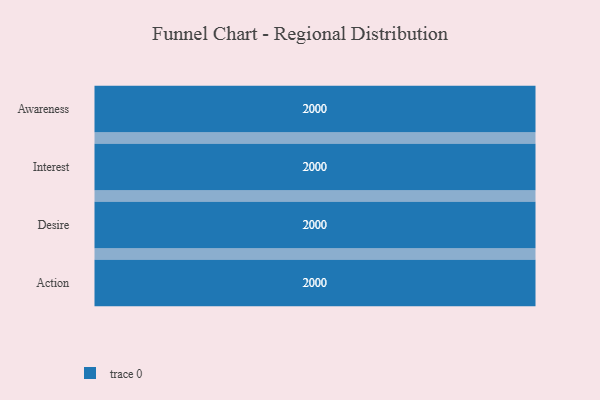
{"axis": {"x": "Stage", "y": "Value"}, "legend": [""], "data": [{"x": "Awareness", "y": 2000, "type": ""}, {"x": "Interest", "y": 2000, "type": ""}, {"x": "Desire", "y": 2000, "type": ""}, {"x": "Action", "y": 2000, "type": ""}]}